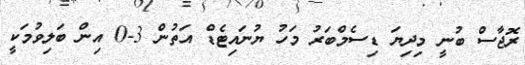
ރޮޖާސް ބުނީ މިދިޔަ ޑިސެމްބަރު މަހު ޔުނައިޓެޑް އަތުން 3-0 އިން ބަލިވުމަކީ